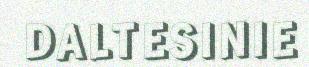
DALTESINIE